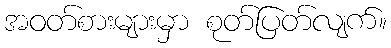
အဝတ်စားများမှာ စုတ်ပြတ်လျက်။